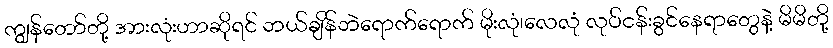
ကျွန်တော်တို့ အားလုံးဟာဆိုရင် ဘယ်ချိန်ဘဲရောက်ရောက် မိုးလုံ၊လေလုံ လုပ်ငန်းခွင်နေရာတွေနဲ့ မိမိတို့